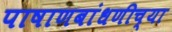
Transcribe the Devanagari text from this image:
पाषाणबांधणीच्या